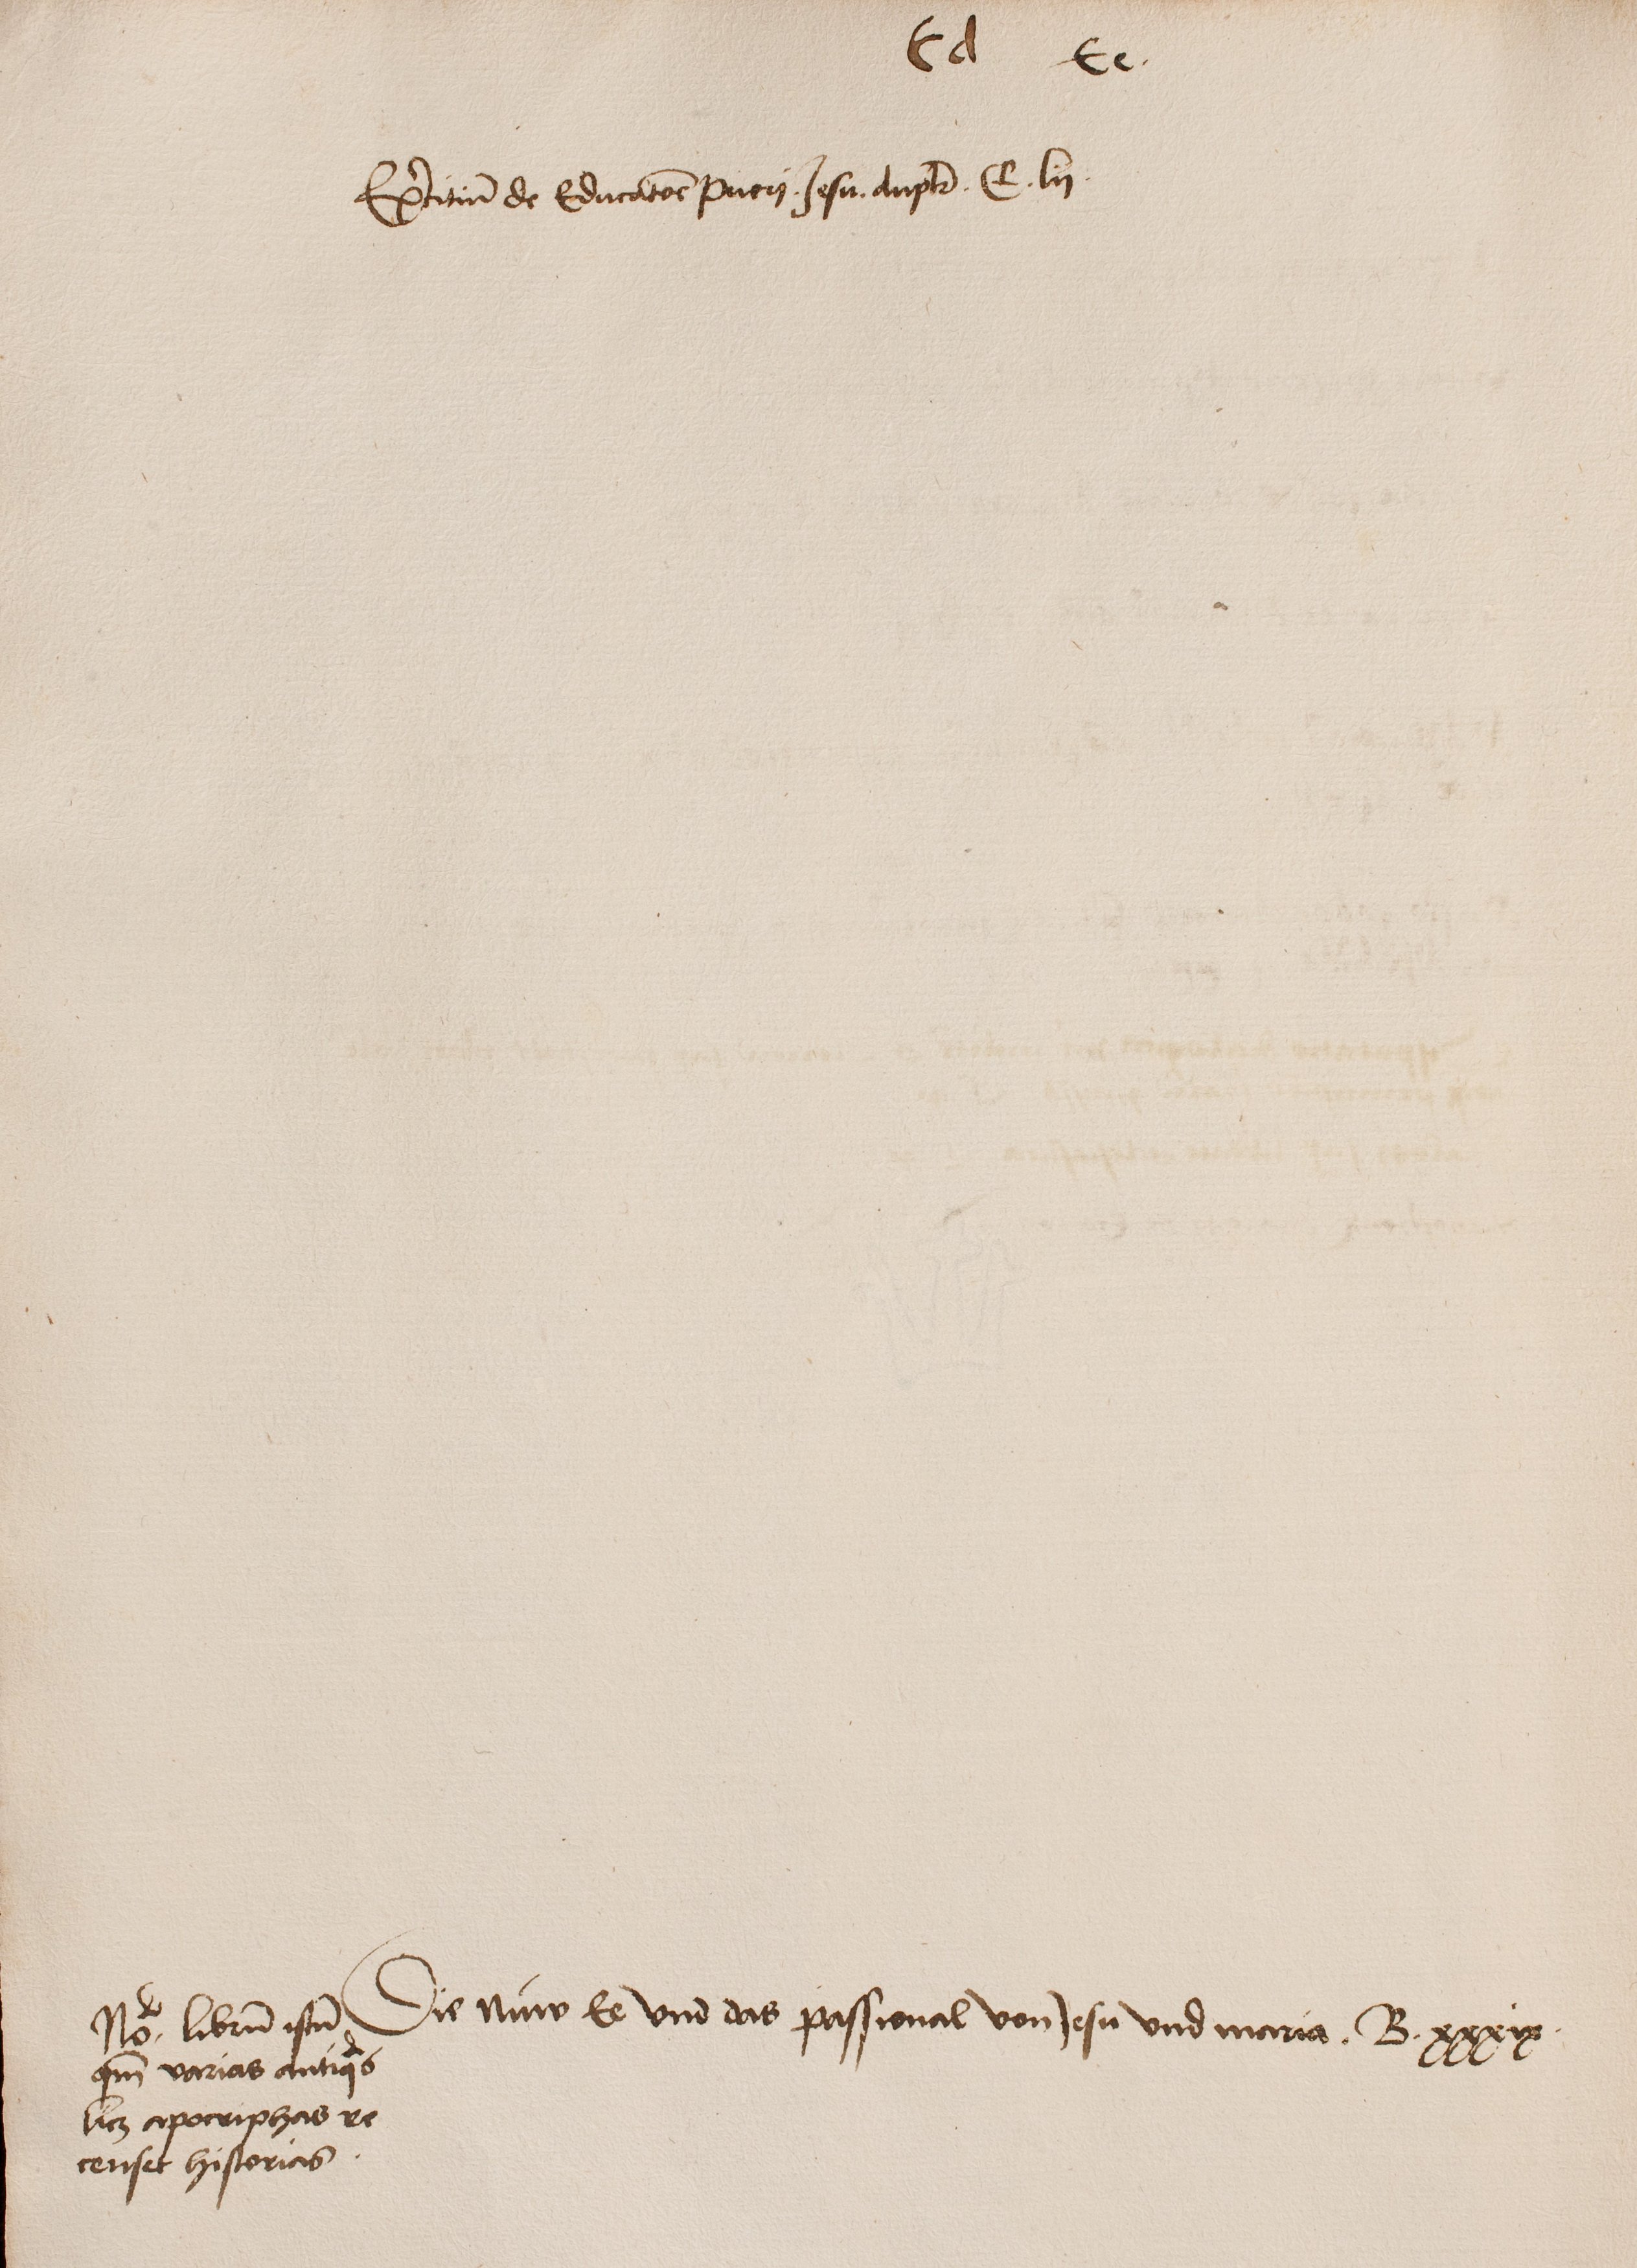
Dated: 1500–1530